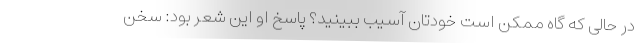
در حالی که گاه ممکن است خودتان آسیب ببینید؟ پاسخ او این شعر بود: سخن